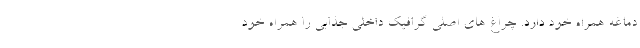
دماغه همراه خود دارد. چراغ های اصلی گرافیک داخلی جذابی را همراه خود